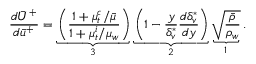
\frac { d \bar { U } ^ { + } } { d \bar { u } ^ { + } } = \underbrace { \left( \frac { 1 + \mu _ { t } ^ { c } / \Bar { \mu } } { 1 + \mu _ { t } ^ { i } / \mu _ { w } } \right) } _ { 3 } \underbrace { \left( { 1 - \frac { y } { \delta _ { v } ^ { * } } \frac { d \delta _ { v } ^ { * } } { d y } } \right) } _ { 2 } \underbrace { { \sqrt { \frac { \bar { \rho } } { \rho _ { w } } } } } _ { 1 } .